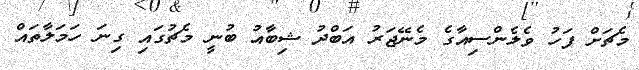
މެޗަށް ފަހު ވެލެންސިއާގެ މެނޭޖަރު އަބްދު ޝިބާއު ބުނީ މެޗުގައި ގިނަ ހަމަލާތައް